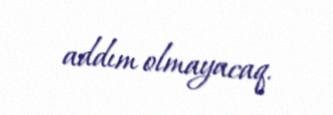
addım olmayacaq.